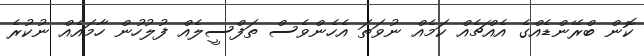
ކޮން ބްރޭންޑެއްގެ އެއްޗެއް ކަމެއް ނުވަތަ އެހެންވެސް ތަފްސީލެއް ފުލުހުން ހާމައެއް ނުކުރެ